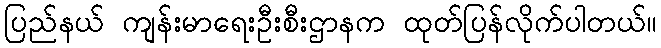
ပြည်နယ် ကျန်းမာရေးဦးစီးဌာနက ထုတ်ပြန်လိုက်ပါတယ်။